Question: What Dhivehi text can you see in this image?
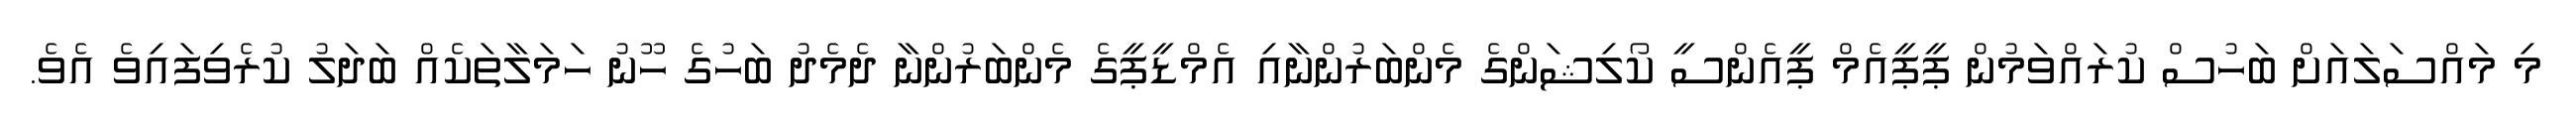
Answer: މި މައްސަލައަށް ބަހުސް ކުރައްވަމުން ޕީޕީއެމް ޕީއެންސީ ކޯލިޝަންގެ މެންބަރުންނާއި އެމްޑީޕީގެ މެންބަރުންނާ ދެމެދު ބަހުގެ ހޫނު ހަމަލާތަކެއް ބަދަލު ކުރެވިފައިވެ އެވެ.